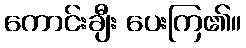
ကောင်းချီး ပေးကြ၏။